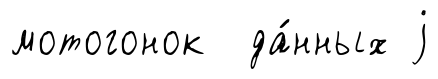
мотогонок да́нных j